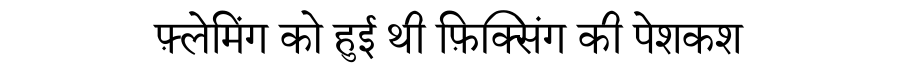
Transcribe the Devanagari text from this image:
फ़्लेमिंग को हुई थी फ़िक्सिंग की पेशकश